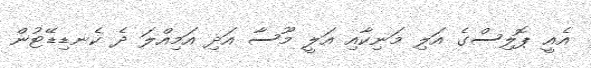
އެއީ ޕޮލިސްގެ އަލި މަނިކާއި އަލީ މޫސާ އަދި އަމިއްލަ ދެ ކެނޑިޑޭޓުން